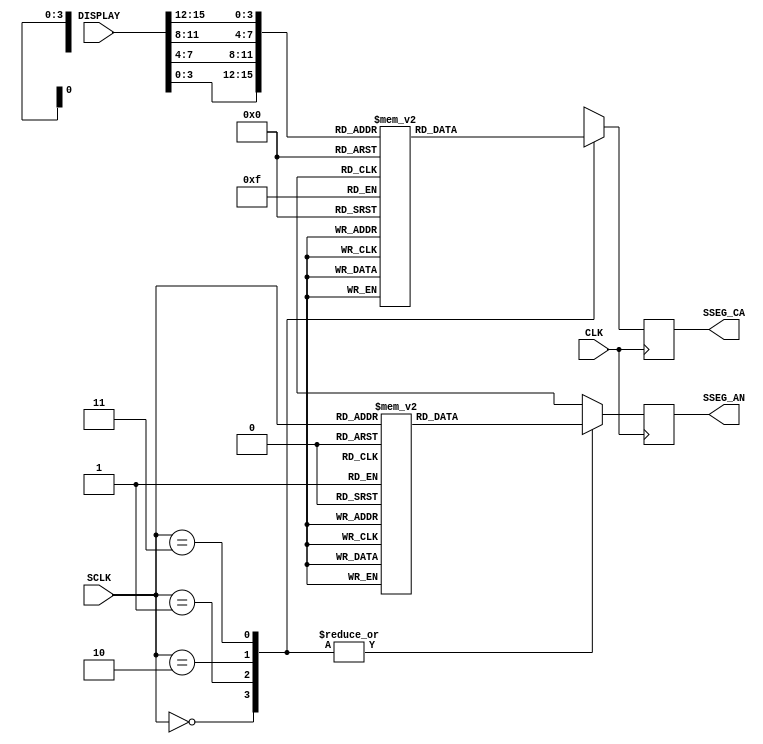
`timescale 1ns / 1ps
//////////////////////////////////////////////////////////////////////////////////
// Company: CEC 330 - Fall 2012
// 
// Module Name:    Rivera_Display
// Project Name: 	 Test 2 Untimed - Vending Machine
//
// Revision: 
// Revision 0.01 - File Created
// Additional Comments: 
//
//////////////////////////////////////////////////////////////////////////////////
module Rivera_Display(
    input CLK,
	 input [2:1] SCLK,
	 input [15:0] DISPLAY,
    output reg [7:0] SSEG_CA,
    output reg [3:0] SSEG_AN
    );

//Set Display Setting
reg [7:0] SSEG_DISPLAY [15:0];
reg [3:0] SSEG_LED [3:0];
initial begin
	SSEG_DISPLAY [0] = 8'b 11000000; //0
	SSEG_DISPLAY [1] = 8'b 11111001; //1
	SSEG_DISPLAY [2] = 8'b 10100100; //2
	SSEG_DISPLAY [3] = 8'b 10110000; //3
	SSEG_DISPLAY [4] = 8'b 10011001; //4
	SSEG_DISPLAY [5] = 8'b 10010010; //5
	SSEG_DISPLAY [6] = 8'b 10000010; //6
	SSEG_DISPLAY [7] = 8'b 11111000; //7
	SSEG_DISPLAY [8] = 8'b 10000000; //8
	SSEG_DISPLAY [9] = 8'b 10011000; //9
	SSEG_DISPLAY [10] = 8'b 10001000; //A
	SSEG_DISPLAY [11] = 8'b 10000011; //B
	SSEG_DISPLAY [12] = 8'b 11000110; //C
	SSEG_DISPLAY [13] = 8'b 10100001; //D
	SSEG_DISPLAY [14] = 8'b 10000110; //E
	SSEG_DISPLAY [15] = 8'b 11111111;  //All Digits are Dark
	SSEG_LED [0] = 4'b 1110; //Right Most ANODE
	SSEG_LED [1] = 4'b 1101; 
	SSEG_LED [2] = 4'b 1011;
	SSEG_LED [3] = 4'b 0111; //Left Most ANODE
end 	

	
always @(posedge CLK)
	begin
		//Cycle through each Digit
		case (SCLK)
			0: begin
					SSEG_AN <= SSEG_LED[SCLK];
					SSEG_CA <= SSEG_DISPLAY[DISPLAY[3:0]];
				end
			1: begin 
					SSEG_AN <= SSEG_LED[SCLK];
					SSEG_CA <= SSEG_DISPLAY[DISPLAY[7:4]];
				end
			2: begin 
					SSEG_AN <= SSEG_LED[SCLK];
					SSEG_CA <= SSEG_DISPLAY[DISPLAY[11:8]];
				end
			3: begin 
					SSEG_AN <= SSEG_LED[SCLK];
					SSEG_CA <= SSEG_DISPLAY[DISPLAY[15:12]];
				end
		endcase
	end
endmodule